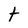
Character: t